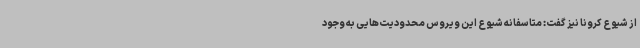
از شیوع کرونا نیز گفت: متاسفانه شیوع این ویروس محدودیت‌هایی به وجود